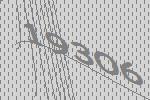
19306